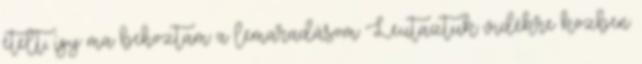
ételt, így ma behoztam a lemaradásom Leutaztuk vidékre közben